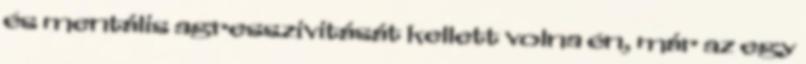
és mentális agresszivitását kellett volna én, már az egy